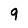
Character: 9